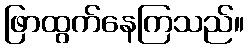
ဖြာထွက်နေကြသည်။